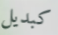
كبديل